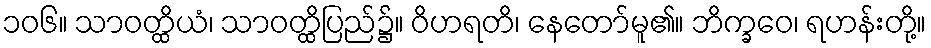
၁၀၆။ သာဝတ္ထိယံ၊ သာဝတ္ထိပြည်၌။ ဝိဟရတိ၊ နေတော်မူ၏။ ဘိက္ခဝေ၊ ရဟန်းတို့။